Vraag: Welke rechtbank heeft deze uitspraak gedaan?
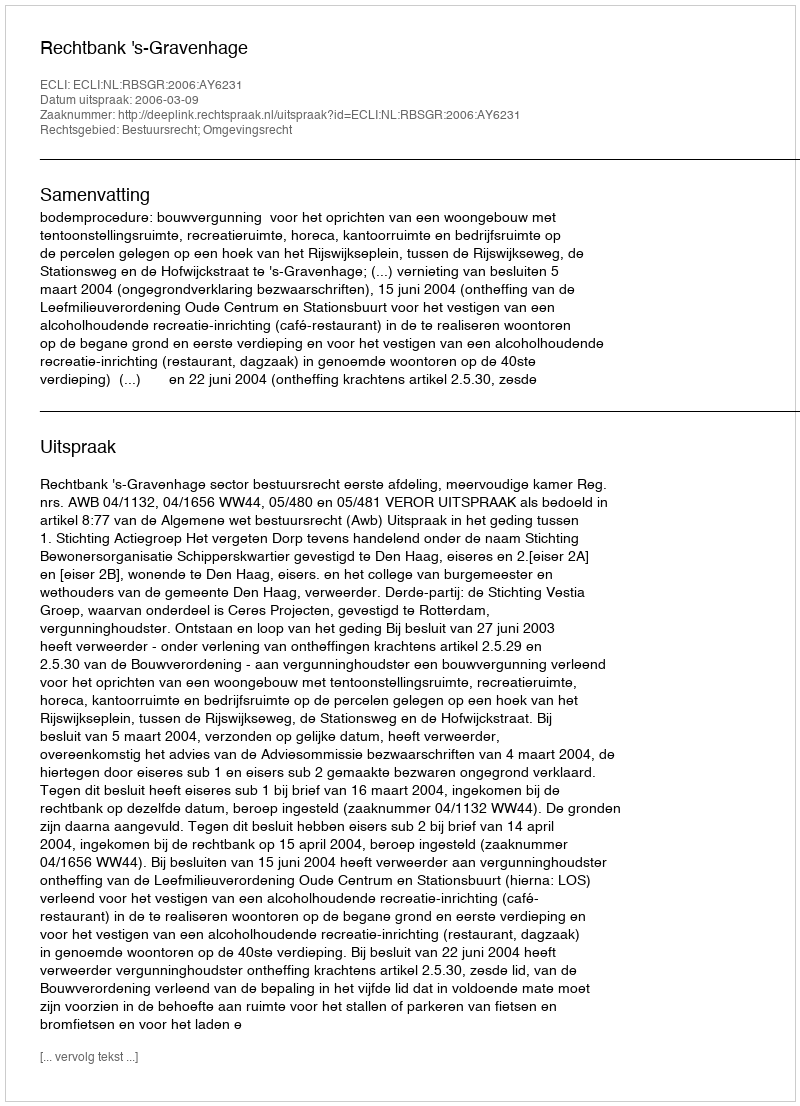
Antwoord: Rechtbank 's-Gravenhage